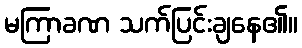
မကြာခဏ သက်ပြင်းချနေ၏။